Civil Veterinary Department. Madras. Admin. report 1926-33 - 1926-1933
Year: 1926
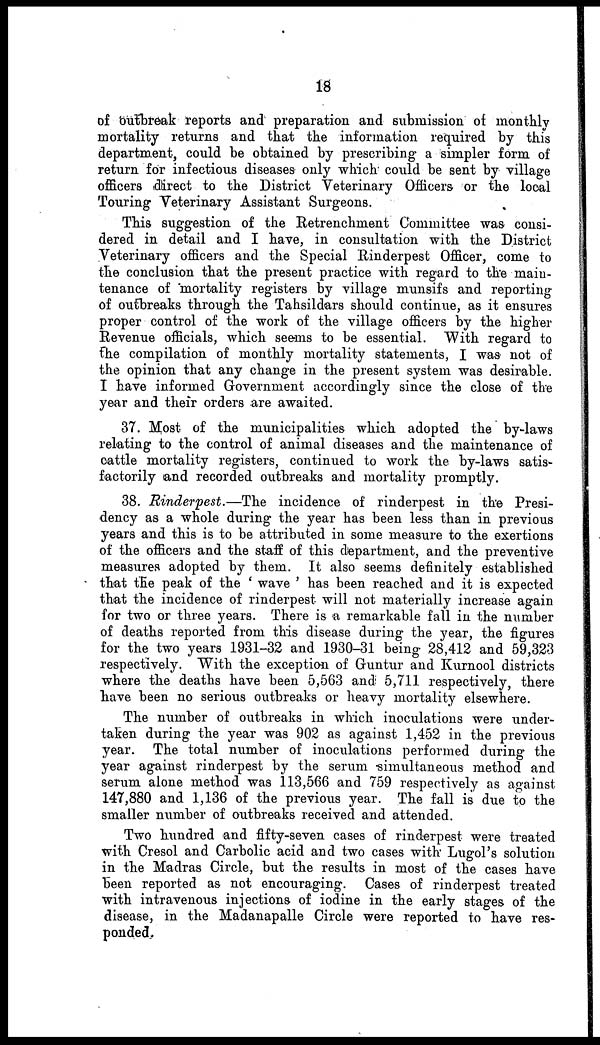
18
of outbreak reports and preparation and submission of monthly
mortality returns and that the information required by this
department, could be obtained by prescribing a simpler form of
return for infectious diseases only which could be sent by village
officers direct to the District Veterinary Officers or the local
Touring Veterinary Assistant Surgeons.
This suggestion of the Retrenchment Committee was consi-
dered in detail and I have, in consultation with the District
Veterinary officers and the Special Rinderpest Officer, come to
the conclusion that the present practice with regard to the main-
tenance of mortality registers by village munsifs and reporting
of outbreaks through the Tahsildars should continue, as it ensures
proper control of the work of the village officers by the higher
Revenue officials, which seems to be essential. With regard to
the compilation of monthly mortality statements, I was not of
the opinion that any change in the present system was desirable.
I have informed Government accordingly since the close of the
year and their orders are awaited.
37. Most of the municipalities which adopted the by-laws
relating to the control of animal diseases and the maintenance of
cattle mortality registers, continued to work the by-laws satis-
factorily and recorded outbreaks and mortality promptly.
38. Rinderpest.—The
incidence of rinderpest in the Presi-
dency as a whole during the year has been less than in previous
years and this is to be attributed in some measure to the exertions
of the officers and the staff of this department, and the preventive
measures adopted by them. It also seems definitely established
that the peak of the ' wave ' has been reached and it is expected
that the incidence of rinderpest will not materially increase again
for two or three years. There is a remarkable fall in the number
of deaths reported from this disease during the year, the figures
for the two years 1931-32 and 1930-31 being 28,412 and 59,323
respectively. With the exception of Guntur and Kurnool districts
where the deaths have been 5,563 and 5,711 respectively, there
have been no serious outbreaks or heavy mortality elsewhere.
The number of outbreaks in which inoculations were under-
taken during the year was 902 as against 1,452 in the previous
year. The total number of inoculations performed during the
year against rinderpest by the serum simultaneous method and
serum alone method was 113,566 and 759 respectively as against
147,880 and 1,136 of the previous year. The fall is due to the
smaller number of outbreaks received and attended.
Two hundred and fifty-seven cases of rinderpest were treated
with Cresol and Carbolic acid and two cases with Lugol's solution
in the Madras Circle, but the results in most of the cases have
been reported as not encouraging. Cases of rinderpest treated
with intravenous injections of iodine in the early stages of the
disease, in the Madanapalle Circle were reported to have res-
ponded